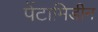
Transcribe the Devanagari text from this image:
पेंटामिडीन